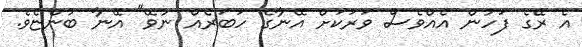
އެ ރޭގެ ފަހުން އެއްވެސް ވަރަކަށް އޭނާގެ ހަބަރެއް ނުވޭ" އޭނާ ބުންޏެވެ.